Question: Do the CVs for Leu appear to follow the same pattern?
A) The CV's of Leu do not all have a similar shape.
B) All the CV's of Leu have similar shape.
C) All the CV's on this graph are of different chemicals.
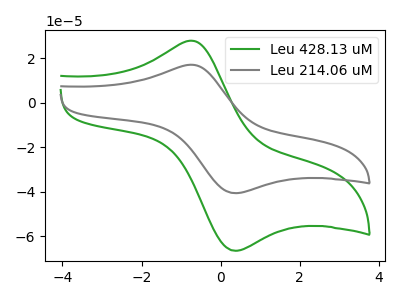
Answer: <think>The green curve "Leu 428.13 uM" has an anodic peak at (-0.70V, 27.75uA) and a cathodic peak at (0.35V, -66.55uA). The gray curve "Leu 214.06 uM" has an anodic peak at (-0.70V, 16.95uA) and a cathodic peak at (0.35V, -40.65uA).
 All the peaks in "Leu 428.13 uM" have a peak in "Leu 214.06 uM" at the same potential. Every peak in "Leu 428.13 uM" is higher than every peak in "Leu 214.06 uM".</think>
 <answer>B) All the CV's of "Leu" have similar shape.</answer>
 <eval>B</eval>